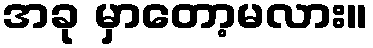
အခု မှာတော့မလား။